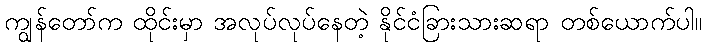
ကျွန်တော်က ထိုင်းမှာ အလုပ်လုပ်နေတဲ့ နိုင်ငံခြားသားဆရာ တစ်ယောက်ပါ။